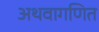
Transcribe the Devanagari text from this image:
अथवागणित